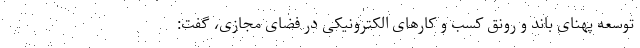
توسعه پهنای باند و رونق کسب و کار‌های الکترونیکی در فضای مجازی، گفت: